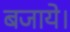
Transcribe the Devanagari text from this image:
बजाये।